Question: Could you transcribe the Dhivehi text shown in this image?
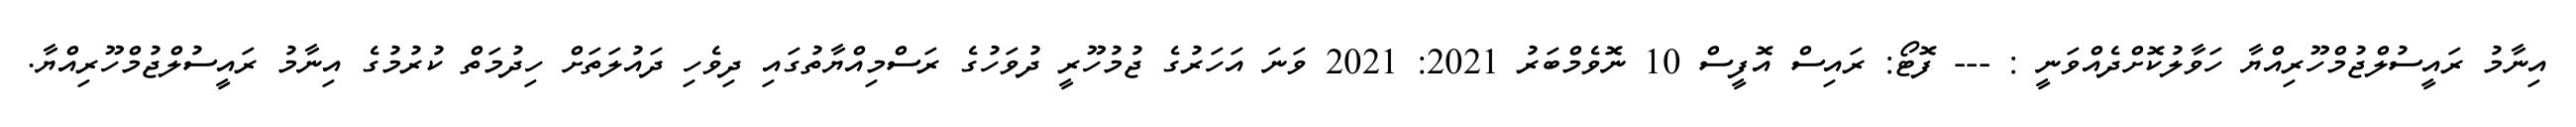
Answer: އިނާމު ރައީސުލްޖުމްހޫރިއްޔާ ހަވާލުކޮށްދެއްވަނީ : --- ފޮޓޯ: ރައިސް އޮފީސް 10 ނޮވެމްބަރު 2021: 2021 ވަނަ އަހަރުގެ ޖުމުހޫރީ ދުވަހުގެ ރަސްމިއްޔާތުގައި ދިވެހި ދައުލަތަށް ހިދުމަތް ކުރުމުގެ އިނާމު ރައީސުލްޖުމްހޫރިއްޔާ.